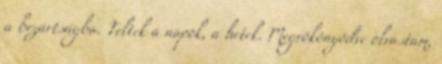
a bezártságba. Teltek a napok, a hetek. Megrökönyödve olvastam,